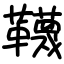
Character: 韈